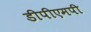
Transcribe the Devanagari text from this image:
डीपीएमपी